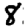
Digit: 8